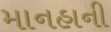
માનહાની